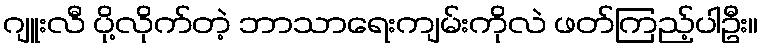
ဂျူးလီ ပို့လိုက်တဲ့ ဘာသာရေးကျမ်းကိုလဲ ဖတ်ကြည့်ပါဦး။